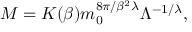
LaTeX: M = { \cal K } ( \beta ) m _ { 0 } ^ { { 8 \pi } / { \beta ^ { 2 } \lambda } } \Lambda ^ { - { 1 } / { \lambda } } ,